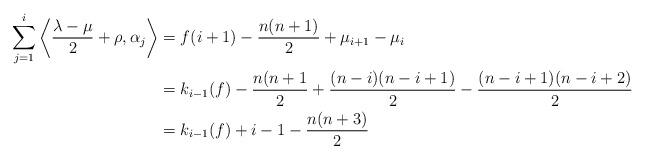
LaTeX: \begin{align*} \sum_{j=1}^{i}\left\langle\frac{\lambda-\mu}{2}+\rho,\alpha_j\right\rangle &= f(i+1) - \frac{n(n+1)}{2} + \mu_{i+1}-\mu_i\\ &= k_{i-1}(f) -\frac{n(n+1}{2}+\frac{(n-i)(n-i+1)}{2} - \frac{(n-i+1)(n-i+2)}{2}\\ &= k_{i-1}(f) + i-1 - \frac{n(n+3)}{2} \end{align*}